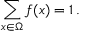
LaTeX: \sum _ { x \in \Omega } f ( x ) = 1 \, .